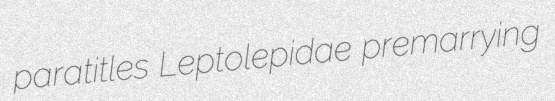
paratitles Leptolepidae premarrying